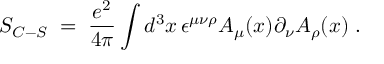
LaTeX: S _ { C - S } \; = \; \frac { e ^ { 2 } } { 4 \pi } \int d ^ { 3 } x \, \epsilon ^ { \mu \nu \rho } A _ { \mu } ( x ) \partial _ { \nu } A _ { \rho } ( x ) \; .